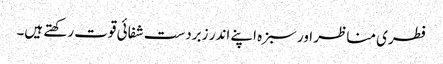
فطری مناظر اور سبزہ اپنے اندر زبردست شفائی قوت رکھتے ہیں۔